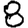
Digit: 8